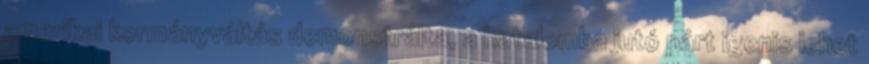
amerikai kormányváltás demonstrálta, a hatalomba jutó párt igenis lehet